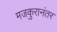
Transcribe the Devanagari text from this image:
मजकुरानंतर